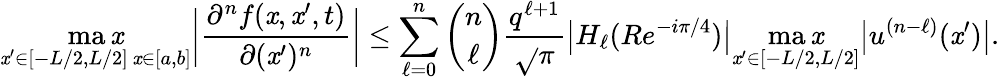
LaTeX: \operatorname*{ma\mathit{x}}_{\substack{\mathit{x}^{\prime}\in[-L/2,L/2]\, \mathit{x}\in[a,b]}}\bigg|\frac{{\partial^{n}f(\mathit{x},\mathit{x}^{\prime},t)}}{{\partial(\mathit{x}^{\prime})^{n}}}\bigg|\leq\sum_{\ell=0}^{n}\binom{n}{\ell}\frac{{q^{\ell+1}}}{{\sqrt{}{{\pi}}}}\big|H_{\ell}(Re^{-i\pi/4})\big|\operatorname*{ma\mathit{x}}_{\mathit{x}^{\prime}\in[-L/2,L/2]}\big|u^{(n-\ell)}(\mathit{x}^{\prime})\big|.